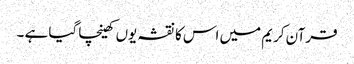
قرآن کریم میں اس کا نقشہ یوں کھینچا گیا ہے ۔